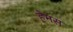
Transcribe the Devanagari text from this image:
हेमस